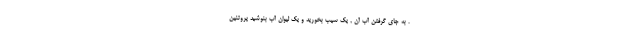
. به جای گرفتن آب آن , یک سیب بخورید و یک لیوان آب بنوشید پروتئین